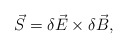
\begin{align*}\vec{S} = \delta\vec{E} \times \delta\vec{B},\end{align*}